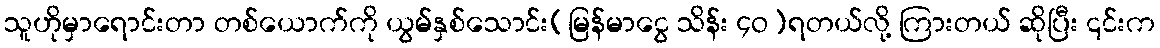
သူဟိုမှာရောင်းတာ တစ်ယောက်ကို ယွမ်နှစ်သောင်း(မြန်မာငွေ သိန်း ၄ဝ)ရတယ်လို့ ကြားတယ် ဆိုပြီး ၎င်းက